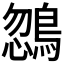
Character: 𪂒